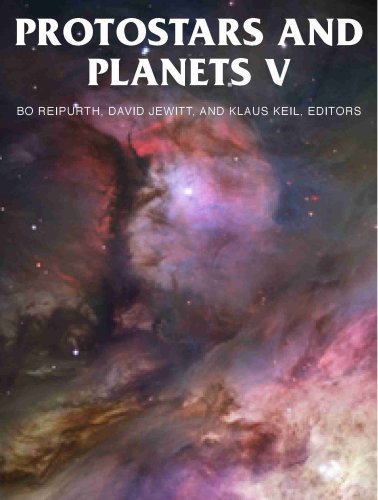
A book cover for Protostars and Planets V (Space Science Series); Science & Math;